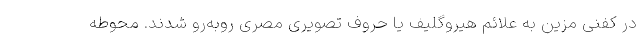
در کفنی مزین به علائم هیروگلیف یا حروف تصویری مصری روبه‌رو شدند. محوطه